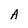
Character: A